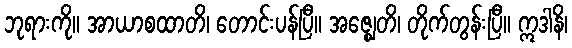
ဘုရားကို။ အာယာစထာတိ၊ တောင်းပန်ပြီ။ အဇ္ဈေတိ၊ တိုက်တွန်းပြီ။ ဣဒါနိ၊